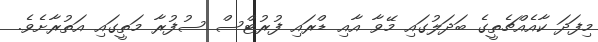
މިފަދަ ކާއެއްޗެތީގެ ބަދަލުގައި މޭވާ އާއި ޑްރައި ފުރުޓްސް ސުފުރާ މަތީގައި އަތުރާށެވެ.